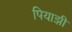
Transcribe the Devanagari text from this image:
पियाझी